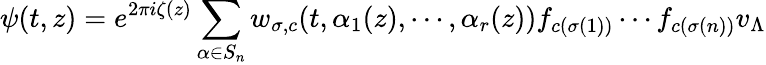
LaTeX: \psi(t,z)=e^{2\pi i\zeta(z)}\sum_{\alpha\in S_{n}}w_{\sigma,c}(t,\alpha_{1}(z),\cdots,\alpha_{r}(z))f_{c(\sigma(1))}\cdots f_{c(\sigma(n))}v_{\Lambda}